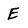
Character: E